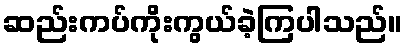
ဆည်းကပ်ကိုးကွယ်ခဲ့ကြပါသည်။